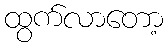
ထွက်လာတော့